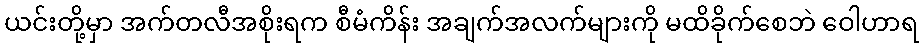
ယင်းတို့မှာ အက်တလီအစိုးရက စီမံကိန်း အချက်အလက်များကို မထိခိုက်စေဘဲ ဝေါဟာရ